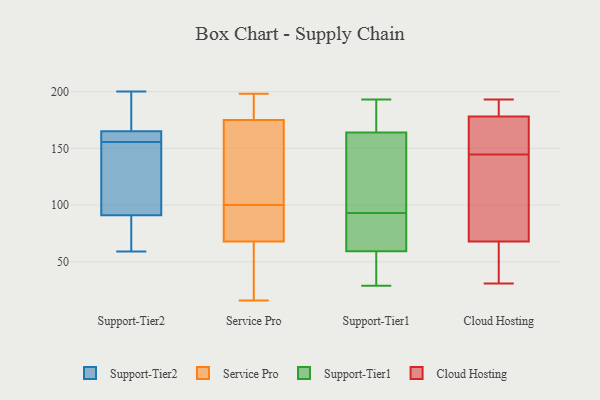
{"axis": {"x": "Budget (USD K)", "y": "Value"}, "legend": ["Cloud Hosting", "Service Pro", "Support-Tier1", "Support-Tier2"], "data": [{"x": "", "y": 155, "type": "Support-Tier2"}, {"x": "", "y": 106, "type": "Support-Tier2"}, {"x": "", "y": 164, "type": "Support-Tier2"}, {"x": "", "y": 59, "type": "Support-Tier2"}, {"x": "", "y": 166, "type": "Support-Tier2"}, {"x": "", "y": 184, "type": "Support-Tier2"}, {"x": "", "y": 112, "type": "Support-Tier2"}, {"x": "", "y": 76, "type": "Support-Tier2"}, {"x": "", "y": 64, "type": "Support-Tier2"}, {"x": "", "y": 156, "type": "Support-Tier2"}, {"x": "", "y": 200, "type": "Support-Tier2"}, {"x": "", "y": 158, "type": "Support-Tier2"}, {"x": "", "y": 100, "type": "Service Pro"}, {"x": "", "y": 16, "type": "Service Pro"}, {"x": "", "y": 26, "type": "Service Pro"}, {"x": "", "y": 178, "type": "Service Pro"}, {"x": "", "y": 198, "type": "Service Pro"}, {"x": "", "y": 189, "type": "Service Pro"}, {"x": "", "y": 90, "type": "Service Pro"}, {"x": "", "y": 167, "type": "Service Pro"}, {"x": "", "y": 69, "type": "Service Pro"}, {"x": "", "y": 86, "type": "Service Pro"}, {"x": "", "y": 71, "type": "Service Pro"}, {"x": "", "y": 103, "type": "Service Pro"}, {"x": "", "y": 49, "type": "Service Pro"}, {"x": "", "y": 108, "type": "Service Pro"}, {"x": "", "y": 174, "type": "Service Pro"}, {"x": "", "y": 65, "type": "Service Pro"}, {"x": "", "y": 178, "type": "Service Pro"}, {"x": "", "y": 76, "type": "Support-Tier1"}, {"x": "", "y": 171, "type": "Support-Tier1"}, {"x": "", "y": 164, "type": "Support-Tier1"}, {"x": "", "y": 60, "type": "Support-Tier1"}, {"x": "", "y": 29, "type": "Support-Tier1"}, {"x": "", "y": 48, "type": "Support-Tier1"}, {"x": "", "y": 93, "type": "Support-Tier1"}, {"x": "", "y": 81, "type": "Support-Tier1"}, {"x": "", "y": 59, "type": "Support-Tier1"}, {"x": "", "y": 94, "type": "Support-Tier1"}, {"x": "", "y": 164, "type": "Support-Tier1"}, {"x": "", "y": 44, "type": "Support-Tier1"}, {"x": "", "y": 193, "type": "Support-Tier1"}, {"x": "", "y": 128, "type": "Support-Tier1"}, {"x": "", "y": 181, "type": "Support-Tier1"}, {"x": "", "y": 62, "type": "Support-Tier1"}, {"x": "", "y": 181, "type": "Support-Tier1"}, {"x": "", "y": 156, "type": "Support-Tier1"}, {"x": "", "y": 43, "type": "Support-Tier1"}, {"x": "", "y": 193, "type": "Cloud Hosting"}, {"x": "", "y": 31, "type": "Cloud Hosting"}, {"x": "", "y": 170, "type": "Cloud Hosting"}, {"x": "", "y": 95, "type": "Cloud Hosting"}, {"x": "", "y": 68, "type": "Cloud Hosting"}, {"x": "", "y": 38, "type": "Cloud Hosting"}, {"x": "", "y": 178, "type": "Cloud Hosting"}, {"x": "", "y": 127, "type": "Cloud Hosting"}, {"x": "", "y": 162, "type": "Cloud Hosting"}, {"x": "", "y": 188, "type": "Cloud Hosting"}]}